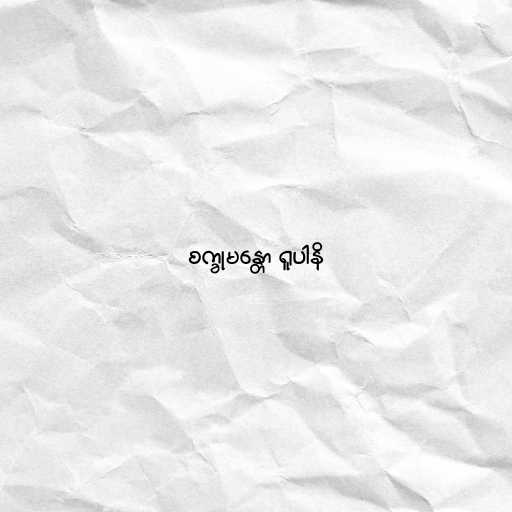
စက္ခုမန္တော ရူပါနိ